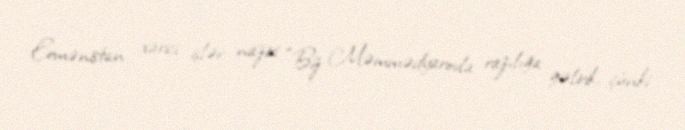
Ermənistan xarici işlər naziri “Biz Məmmədyarovla razılığa gəlirik, çünki